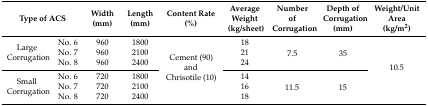
| <COLSPAN=2> Type of ACS | Width (mm) | Length (mm) | Content Rate (%) | Average Weight (kg/sheet) | Number of Corrugation | Depth of Corrugation (mm) | Weight/Unit Area (kg/m2) |
 | --- | --- | --- | --- | --- | --- | --- | --- | --- |
 | <ROWSPAN=3> Large Corrugation | No. 6 | 960 | 1800 | <ROWSPAN=6> Cement (90) and Chrisotile (10) | 18 | <ROWSPAN=3> 7.5 | <ROWSPAN=3> 35 | <ROWSPAN=6> 10.5 |
 | No. 7 | 960 | 2100 | 21 |
 | No. 8 | 960 | 2400 | 24 |
 | <ROWSPAN=3> Small Corrugation | No. 6 | 720 | 1800 | 14 | <ROWSPAN=3> 11.5 | <ROWSPAN=3> 15 |
 | No. 7 | 720 | 2100 | 16 |
 | No. 8 | 720 | 2400 | 18 |